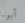
أبونا